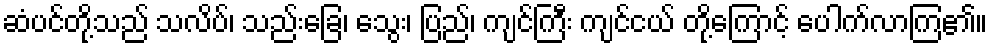
ဆံပင်တို့သည် သလိပ်၊ သည်းခြေ၊ သွေး၊ ပြည်၊ ကျင်ကြီး ကျင်ငယ် တို့ကြောင့် ပေါက်လာကြ၏။